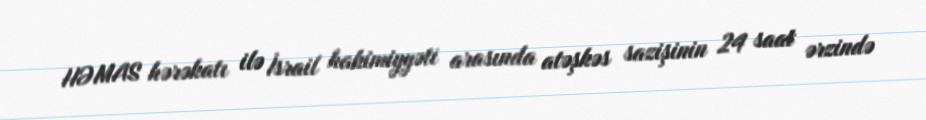
HƏMAS hərəkatı ilə İsrail hakimiyyəti arasında atəşkəs sazişinin 24 saat ərzində